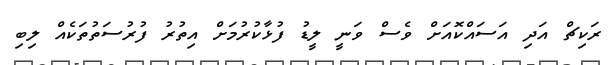
ރަކިޗް އަދި އަސައްކޮއަށް ވެސް ވަނީ ލީޑު ފުޅާކުރުމަށް އިތުރު ފުރުސަތުތަކެއް ލިބި